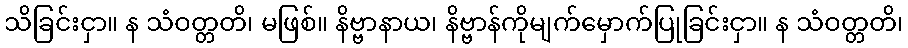
သိခြင်းငှာ။ န သံဝတ္တတိ၊ မဖြစ်။ နိဗ္ဗာနာယ၊ နိဗ္ဗာန်ကိုမျက်မှောက်ပြုခြင်းငှာ။ န သံဝတ္တတိ၊